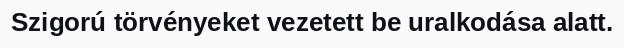
Szigorú törvényeket vezetett be uralkodása alatt.